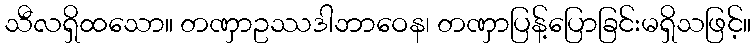
သီလရှိထသော။ တဏှာဥဿဒါဘာဝေန၊ တဏှာပြန့်ပြောခြင်းမရှိသဖြင့်။